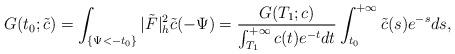
LaTeX: \begin{align*} G(t_0;\tilde{c})=\int_{\{\Psi<-t_0\}}|\tilde{F}|^2_h\tilde{c}(-\Psi)= \frac{G(T_1;c)}{\int_{T_1}^{+\infty}c(t)e^{-t}dt} \int_{t_0}^{+\infty}\tilde{c}(s)e^{-s}ds, \end{align*}